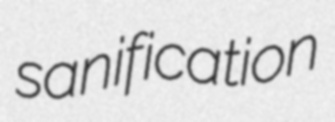
sanification